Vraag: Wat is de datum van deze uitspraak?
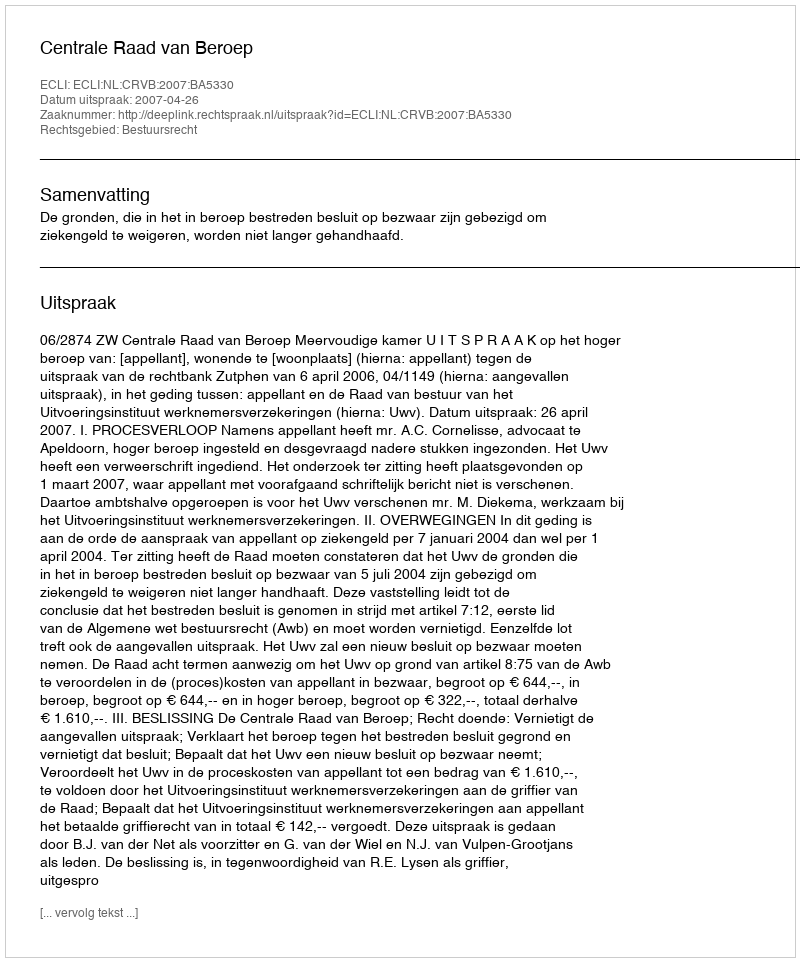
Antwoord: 2007-04-26